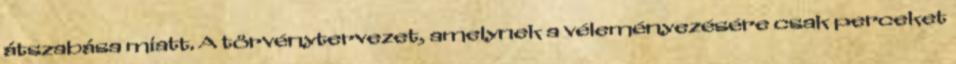
átszabása miatt. A törvénytervezet, amelynek a véleményezésére csak perceket